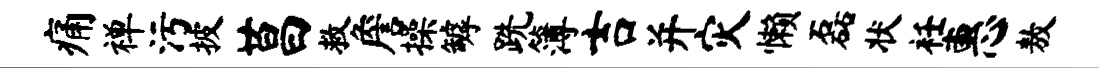
痛禅污披莒救詹操罅跣簿吉并灾懒磊状衽惠敖